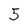
Character: 5